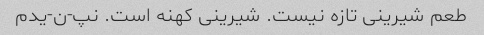
طعم شیرینی تازه نیست. شیرینی کهنه است. نپ-ن-یدم